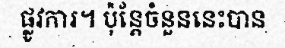
ផ្លូវការ។ ប៉ុន្តែចំនួននេះបាន